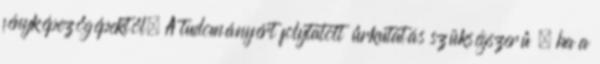
fényképezőgépektől. A tudományért folytatott űrkutatás szükségszerű , ha a